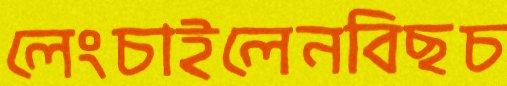
লেংচাইলেনবিছচ